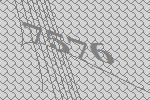
7576